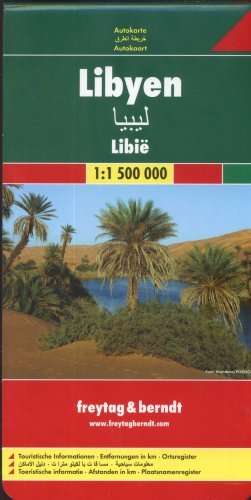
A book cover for By Freytag-Berndt Libya (Road Maps) (English and German Edition) [Map]; Travel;